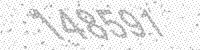
Solution: 148591